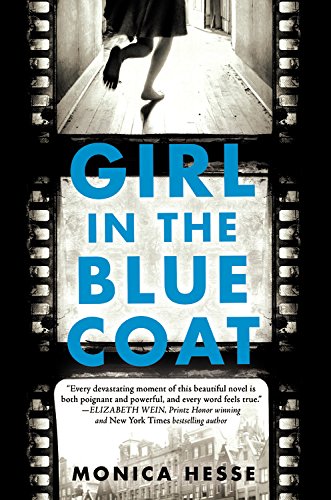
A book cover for Girl in the Blue Coat; Monica Hesse; Teen & Young Adult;